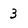
Character: 3